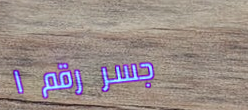
جسر رقم ١